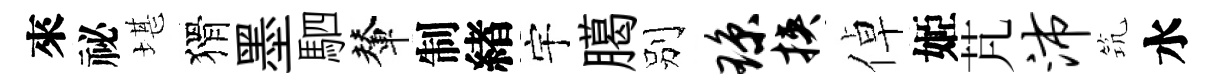
來祕堪猾墨駟輦制緖宇臈别琼挟倬姬芃沛𥬑水